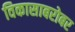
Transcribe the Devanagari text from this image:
विकासाबरोबर